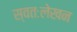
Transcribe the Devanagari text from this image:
स्वतःलेखन